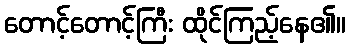
တောင့်တောင့်ကြီး ထိုင်ကြည့်နေ၏။